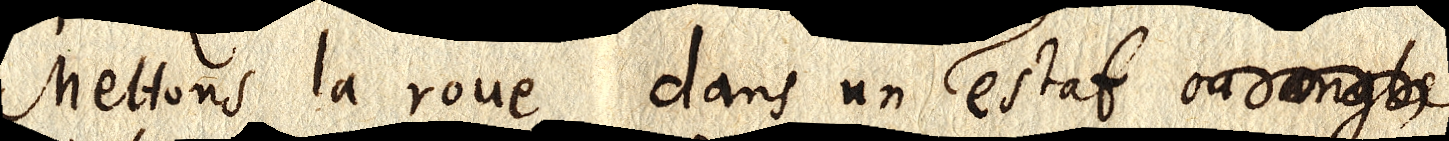
Mettons la roue dans un estat ou angle